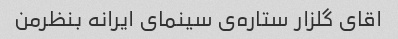
اقای گلزار ستاره‌ی سینمای ایرانه بنظرمن